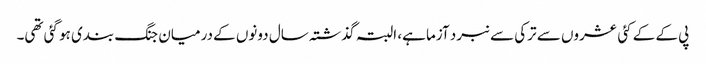
پی کے کے کئی عشروں سے ترکی سے نبرد آزما ہے، البتہ گذشتہ سال دونوں کے درمیان جنگ بندی ہو گئی تھی۔